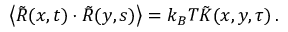
\left\langle \tilde { R } ( x , t ) \cdot \tilde { R } ( y , s ) \right\rangle = k _ { B } T \tilde { K } ( x , y , \tau ) \, .